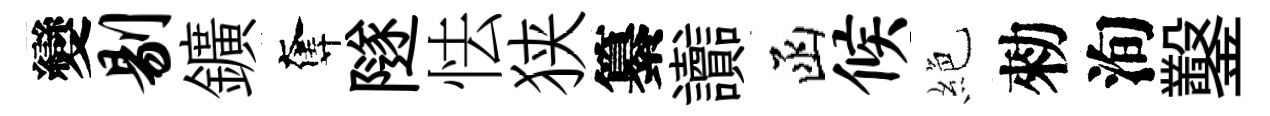
變剔鑛奪隧怯狭纂讟函候絶勑洵鑿